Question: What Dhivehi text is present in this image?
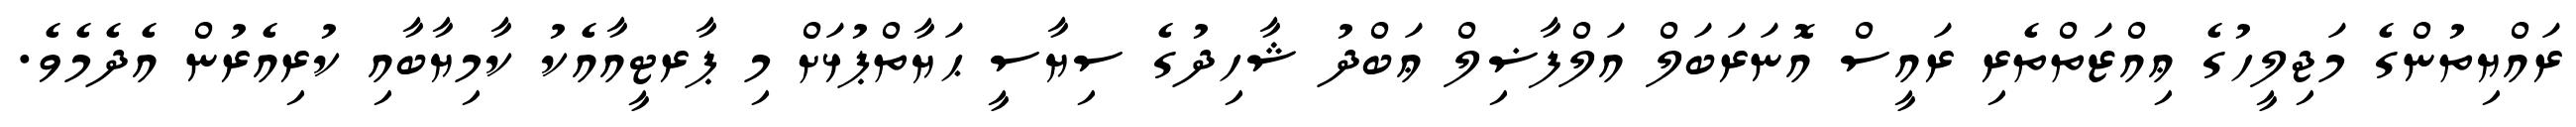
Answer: ރައްޔިތުންގެ މަޖިލީހުގެ ޢިއްޒަތްތެރި ރައީސް އޮނަރަބަލް އަލްފާޟިލް ޢަބްދު ޝާހިދުގެ ސިޔާސީ ޙަޔާތްޕުޅަށް މި ޕާރޓީއާއެކު ކާމިޔާބާއި ކުރިއެރުން އެދެމެވެ.